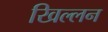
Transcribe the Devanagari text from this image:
खिल्लन